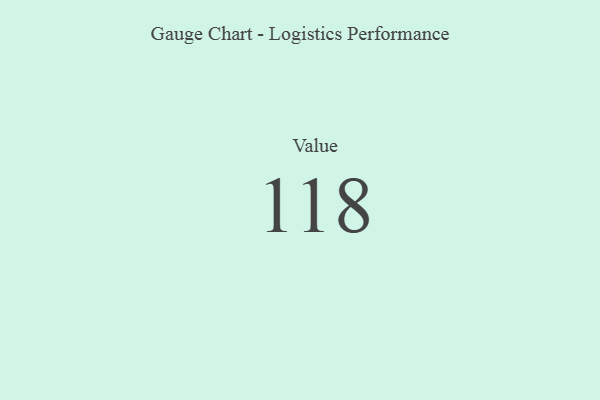
{"axis": {"x": "Metric", "y": "Value"}, "legend": [""], "data": [{"x": "Value", "y": 118, "type": ""}]}